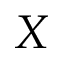
X